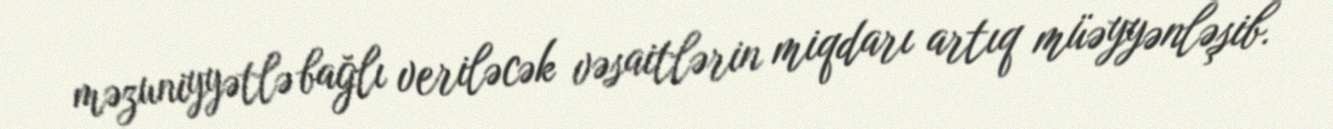
məzuniyyətlə bağlı veriləcək vəsaitlərin miqdarı artıq müəyyənləşib.